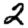
Digit: 2